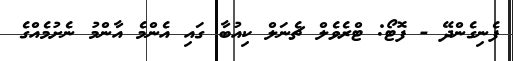
ފެނިގެންދޭ - ފޮޓޯ: ޓްރެވެލް ޗެނަލް ކިއުބާ ގައި އެންމެ އާންމު ނެށުމެއްގެ